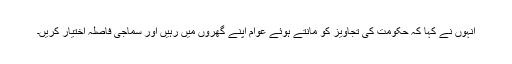
انہوں نے کہا کہ حکومت کی تجاویز کو مانتے ہوئے عوام اپنے گھروں میں رہیں اور سماجی فاصلہ اختیار کریں۔